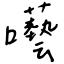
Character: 囈